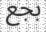
بجع